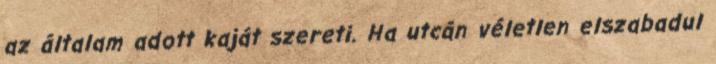
az általam adott kaját szereti. Ha utcán véletlen elszabadul